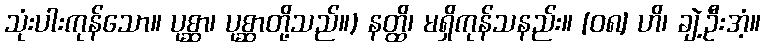
သုံးပါးကုန်သော။ ပုစ္ဆာ၊ ပုစ္ဆာတို့သည်။) နတ္ထိ၊ မရှိကုန်သနည်း။ [၀၈] ဟိ၊ ချဲ့ဦးအံ့။